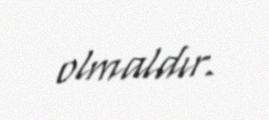
olmaldır.